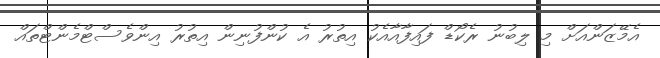
އެމޭޒަންއަށް މި ލިބުނު ރެކޯޑް ފައިފާއާއެކު އިތުރު އެ ކުންފުނިން އިތުރު އިންވެސްޓްމެންޓްތައް